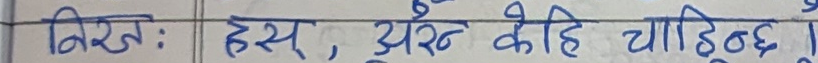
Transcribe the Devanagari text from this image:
लेख: हस, अरु केहि चाहिन्छ।